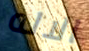
الاله